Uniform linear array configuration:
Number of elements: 8
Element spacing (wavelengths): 1
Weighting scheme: binomial
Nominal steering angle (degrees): -15
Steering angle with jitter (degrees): -15.27
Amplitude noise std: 0.05
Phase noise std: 0.05

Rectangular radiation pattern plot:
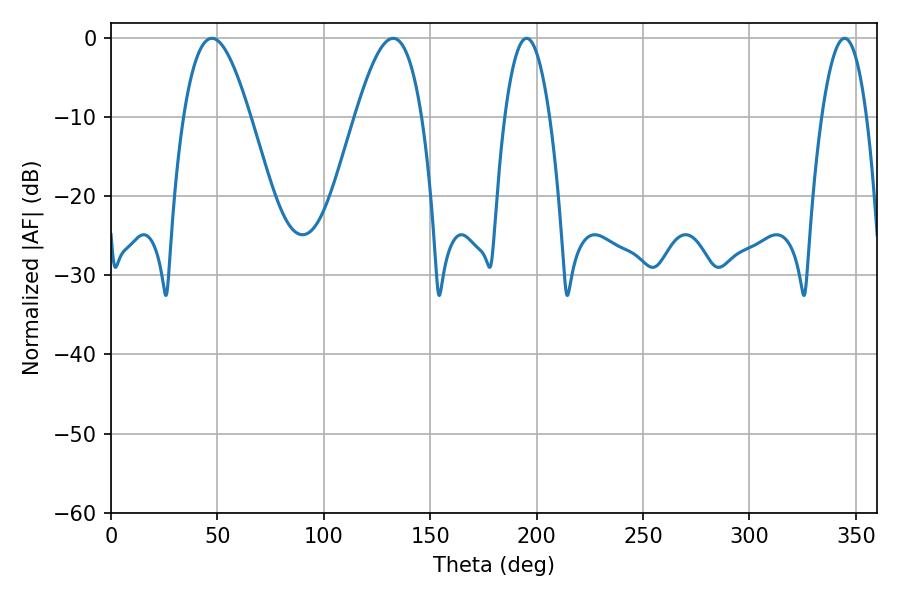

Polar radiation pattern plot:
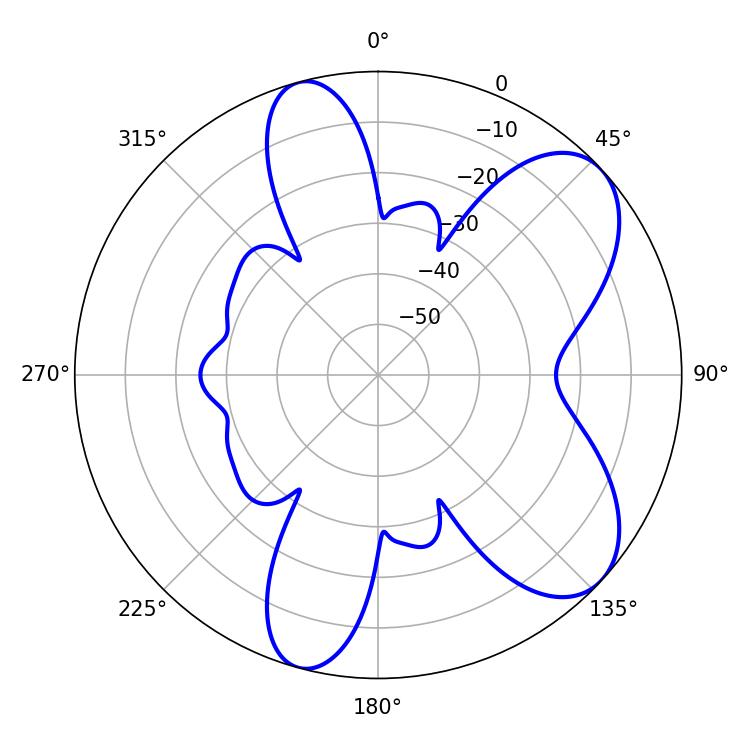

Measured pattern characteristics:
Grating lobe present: TRUE
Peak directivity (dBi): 7.396
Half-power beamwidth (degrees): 11.7
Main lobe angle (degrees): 195.3